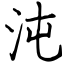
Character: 沌